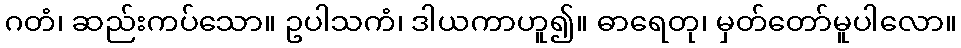
ဂတံ၊ ဆည်းကပ်သော။ ဥပါသကံ၊ ဒါယကာဟူ၍။ ဓာရေတု၊ မှတ်တော်မူပါလော။